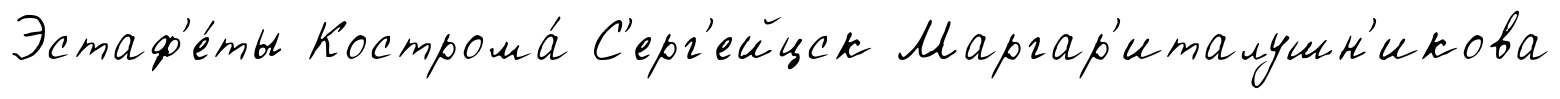
Эстаф'е́ты Кострома́ С'ерг'ейцск Маргар'италушн'икова